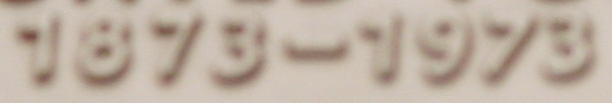
1873-1973